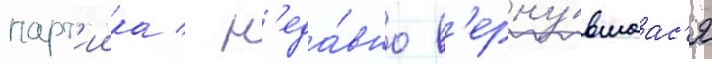
парт'иика / н'еда́вно в'ерну́вшаас'я